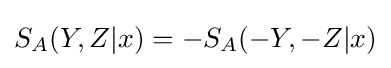
S_{A}(Y,Z|x)=-S_{A}(-Y,-Z|x)